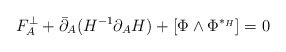
\begin{align*}F^\perp_{A} + \bar\partial_{A}(H^{-1} \partial_{A} H) + [\Phi \wedge \Phi^{*_H}]=0\end{align*}